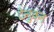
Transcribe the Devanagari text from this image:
देनुवन